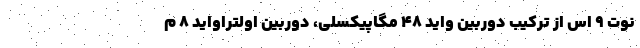
نوت ۹ اس از ترکیب دوربین واید ۴۸ مگاپیکسلی، دوربین اولتراواید ۸ م